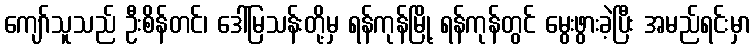
ကျော်သူသည် ဦးစိန်တင်၊ ဒေါ်မြသန်းတို့မှ ရန်ကုန်မြို့ ရန်ကုန်တွင် မွေးဖွားခဲ့ပြီး အမည်ရင်းမှာ